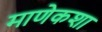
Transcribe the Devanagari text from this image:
माणेकशा